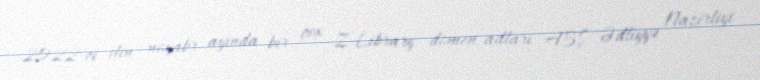
2022-ci ilin noyabr ayında bir çox Z-Library domen adları ABŞ Ədliyyə Nazirliyi